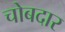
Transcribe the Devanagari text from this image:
चोबदार